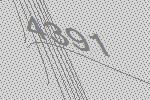
4391